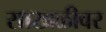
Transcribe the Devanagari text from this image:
साखळीवर